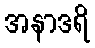
အနာဒရိ